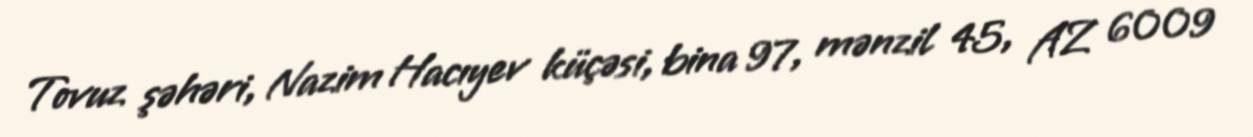
Tovuz şəhəri, Nazim Hacıyev küçəsi, bina 97, mənzil 45, AZ 6009